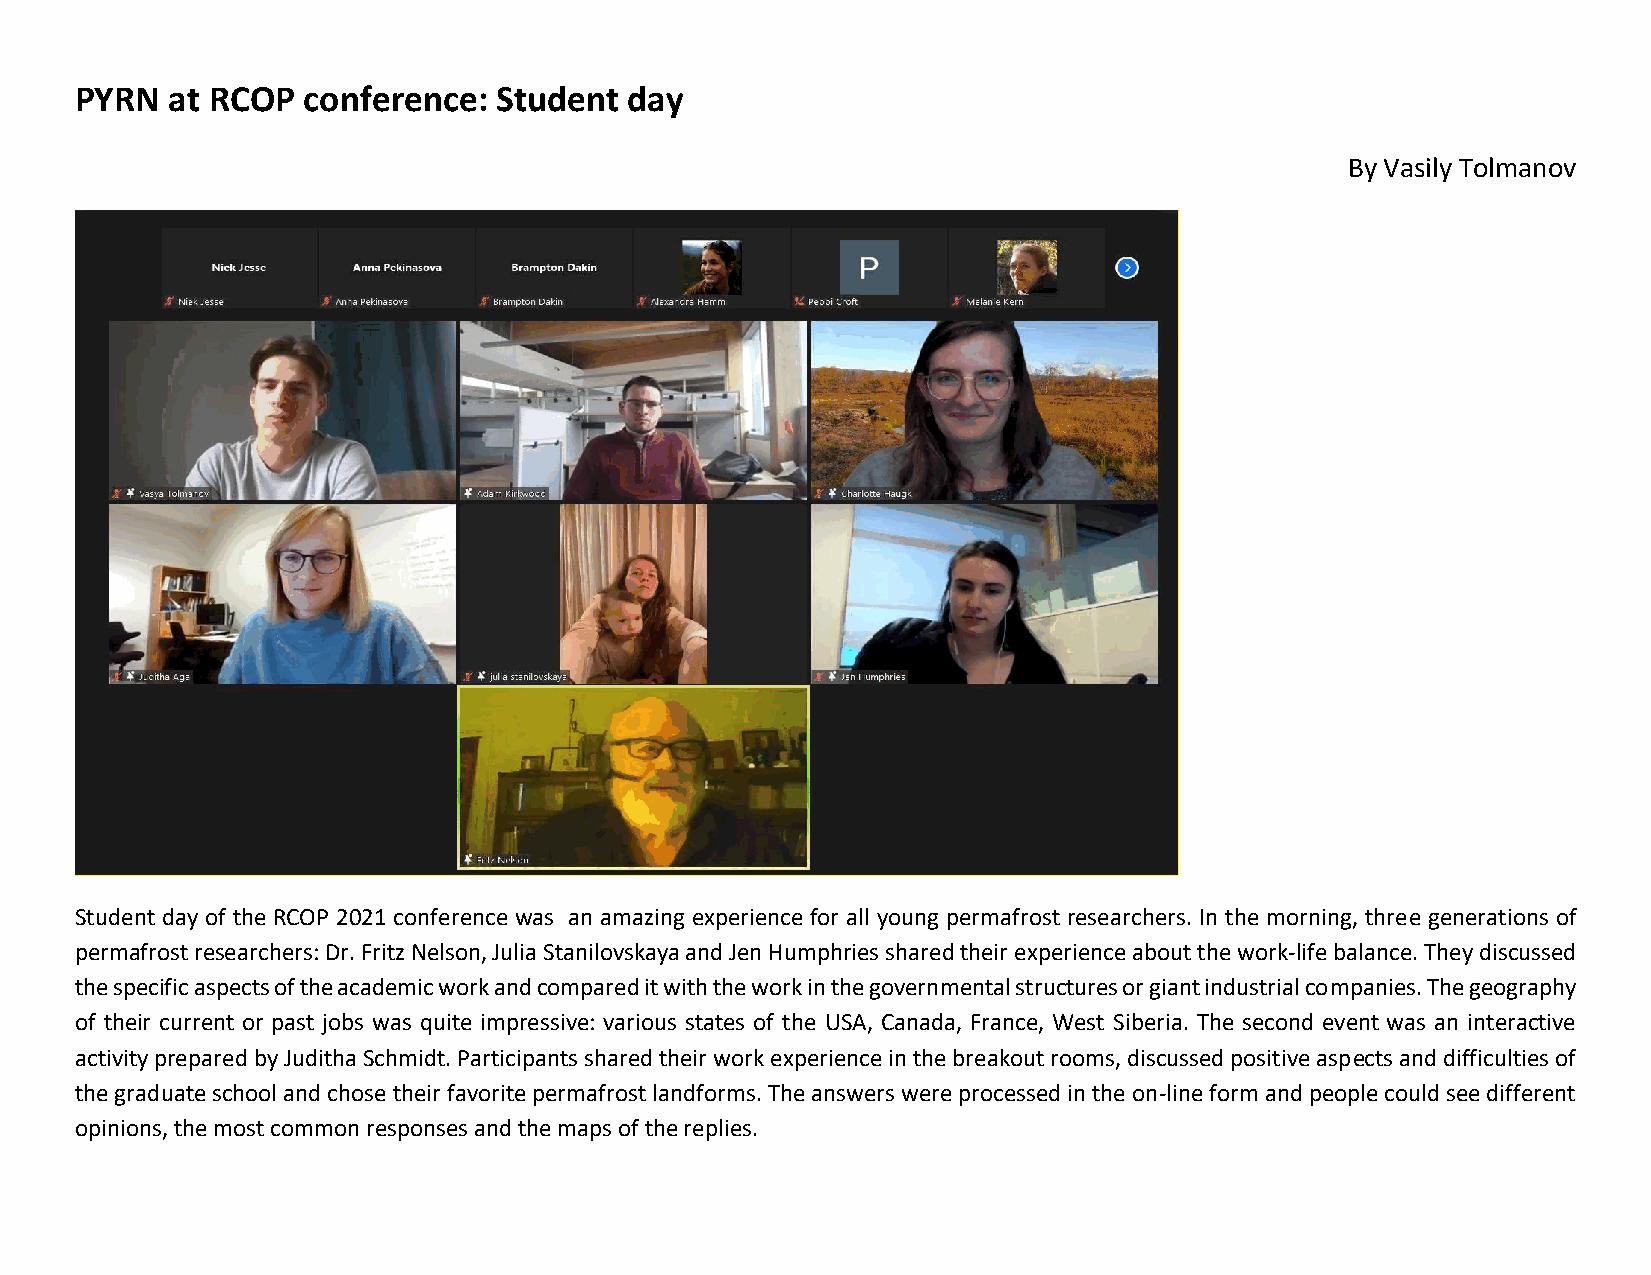
PYRN  at RCOP  conference:  Student  day
 By Vasily Tolmanov
 Student day of the RCOP 2021 conference was an amazing experience for all young permafrost researchers. In the morning, three generations of
 permafrost researchers: Dr. Fritz Nelson, Julia Stanilovskaya and Jen Humphries shared their experience about the work-life balance. They discussed
 the specific aspects of the academic work and compared it with the work in the governmental structures or giant industrial companies. The geography
 of their current or past jobs was quite impressive: various states of the USA, Canada, France, West Siberia. The second event was an interactive
 activity prepared by Juditha Schmidt. Participants shared their work experience in the breakout rooms, discussed positive aspects and difficulties of
 the graduate school and chose their favorite permafrost landforms. The answers were processed in the on-line form and people could see different
 opinions, the most common responses and the maps of the replies.